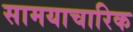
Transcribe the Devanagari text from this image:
सामयाचारिक